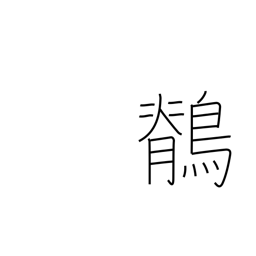
Meaning: wagtail